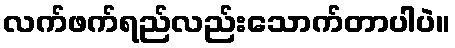
လက်ဖက်ရည်လည်းသောက်တာပါပဲ။